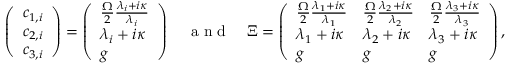
\left( \begin{array} { l } { c _ { 1 , i } } \\ { c _ { 2 , i } } \\ { c _ { 3 , i } } \end{array} \right) = \left( \begin{array} { l } { \frac { \Omega } { 2 } \frac { \lambda _ { i } + i \kappa } { \lambda _ { i } } } \\ { \lambda _ { i } + i \kappa } \\ { g } \end{array} \right) \quad \textrm { a n d } \quad \Xi = \left( \begin{array} { l l l } { \frac { \Omega } { 2 } \frac { \lambda _ { 1 } + i \kappa } { \lambda _ { 1 } } } & { \frac { \Omega } { 2 } \frac { \lambda _ { 2 } + i \kappa } { \lambda _ { 2 } } } & { \frac { \Omega } { 2 } \frac { \lambda _ { 3 } + i \kappa } { \lambda _ { 3 } } } \\ { \lambda _ { 1 } + i \kappa } & { \lambda _ { 2 } + i \kappa } & { \lambda _ { 3 } + i \kappa } \\ { g } & { g } & { g } \end{array} \right) ,